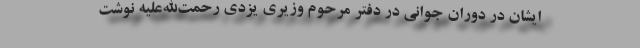
ایشان در دوران جوانی در دفتر مرحوم وزیری یزدی رحمت‌الله‌علیه نوشت